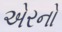
એરનો